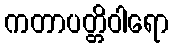
ကတာပတ္တိဝါရော